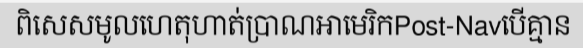
ពិសេសមូលហេតុហាត់ប្រាណអាមេរិកPost-Navបើគ្មាន